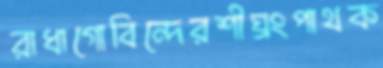
রাধাগোবিন্দেরশীঘ্রংপাথক